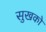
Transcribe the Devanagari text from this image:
सुखको